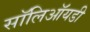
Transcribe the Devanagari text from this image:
सॉलिऑयडी